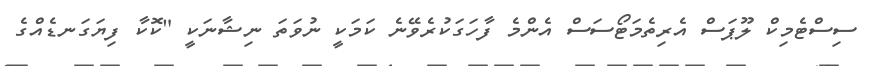
ސިސްޓެމިކް ލޫޕަސް އެރިތެމަޓޯސަސް އެންމެ ފާހަގަކުރެވޭނެ ކަމަކީ ނުވަތަ ނިޝާނަކީ "ކޮކާ ފިޔަގަނޑެއްގެ